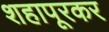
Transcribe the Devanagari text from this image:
शहापूरकर